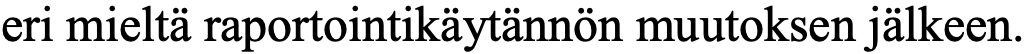
eri mieltä raportointikäytännön muutoksen jälkeen.